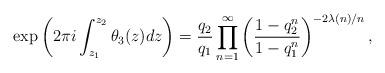
LaTeX: \begin{align*}\exp\left(2\pi i\int^{z_2}_{z_1}\theta_3(z)dz\right)=\frac{q_2}{q_1}\prod^{\infty}_{n=1}\left(\frac{1-q_2^n}{1-q_1^n}\right)^{-2\lambda(n)/n},\end{align*}